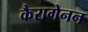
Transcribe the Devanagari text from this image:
कैरागेनन